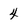
Character: 4